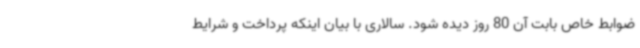
ضوابط خاص بابت آن 80 روز دیده شود. سالاری با بیان اینکه پرداخت و شرایط